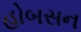
હોબસન